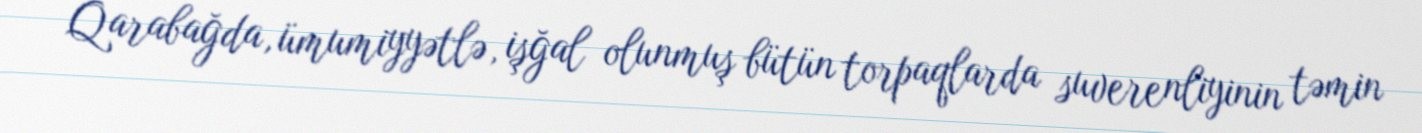
Qarabağda, ümumiyyətlə, işğal olunmuş bütün torpaqlarda suverenliyinin təmin